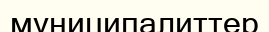
муниципалиттер